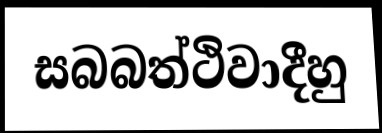
සබබත්ථිවාදීහු